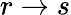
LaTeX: r\rightarrow s